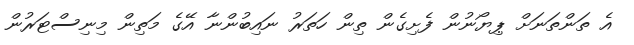
އެ ތަންތަނަށް ޕިޔޯނުން ފެށިގެން ތިން ހަތަރު ނައިބުންނާ އޭގެ މަތިން މިނިސްޓަރުން